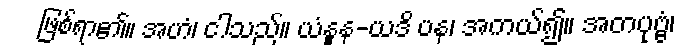
ဖြစ်ရာ၏။ အဟံ၊ ငါသည်။ ယံနူန-ယဒိ ပန၊ အကယ်၍။ အတပုဗ္ဗံ၊